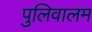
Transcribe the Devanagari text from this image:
पुलिवालम